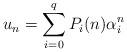
LaTeX: \begin{align*}u_n=\sum_{i=0}^q P_i(n)\alpha_i^n\end{align*}